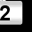
Digit: 2